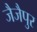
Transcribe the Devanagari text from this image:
जैजैपुर